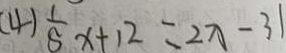
( 4 ) \frac { 1 } { 8 } x + 1 2 = 2 x - 3 1